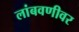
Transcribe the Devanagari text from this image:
लांबवणीवर